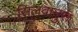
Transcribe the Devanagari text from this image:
सिलवानुस